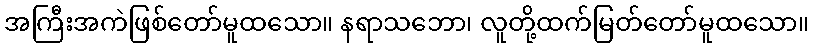
အကြီးအကဲဖြစ်တော်မူထသော။ နရာသဘော၊ လူတို့ထက်မြတ်တော်မူထသော။